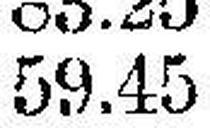
59.45